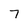
Character: 7